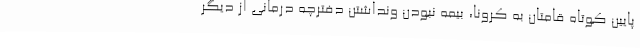
پایین کوتاه قامتان به کرونا، بیمه نبودن ونداشتن دفترچه درمانی از دیگر